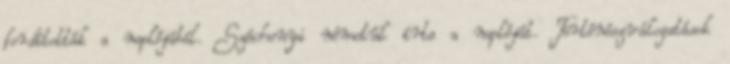
fordították a naplójából. Széchenyi németül írta a naplóját. Történészválogatások